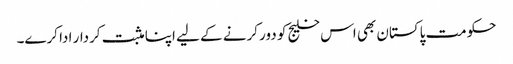
حکومت پاکستان بھی اس خلیج کو دور کرنے کے لیے اپنا مثبت کردار ادا کرے۔